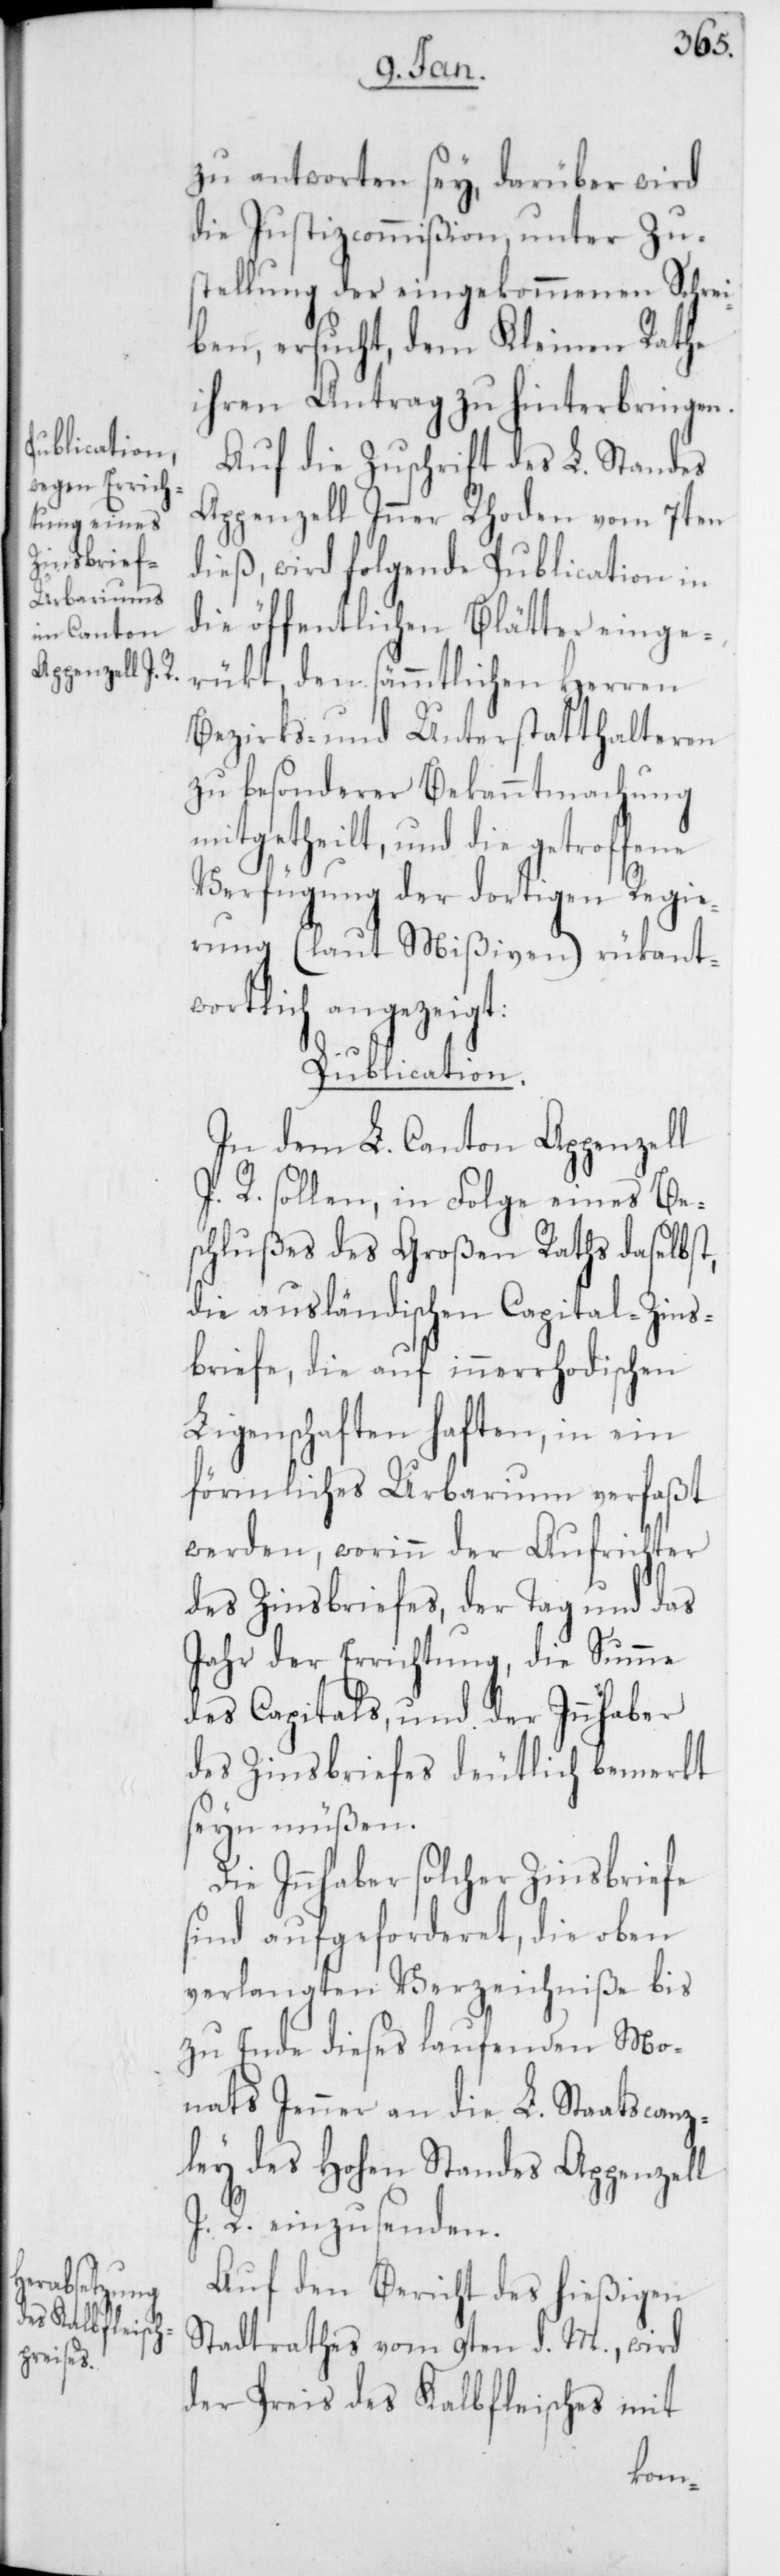
zu antworten sey, darüber wird
die Justizcommißion unter Zu¬
stellung der eingekommenen Schrei¬
ben, ersucht, dem Kleinen Rathe
ihren Antrag zu hinterbringen.
Auf die Zuschrift des L. Standes
Appenzell Inner Rhoden vom 7ten
dieß, wird folgende Publication in
die öffentlichen Blätter einge¬
rükt, den sämmtlichen Herren
Bezirks- und Unterstatthalteren
zu besonderer Bekanntmachung
mitgetheilt, und die getroffene
Verfügung der dortigen Regie¬
rung (laut Mißiven) rükant¬
wortlich angezeigt:
Publication.
In dem L. Canton Appenzell
I. R. sollen, in Folge eines Be¬
schlußes des Großen Raths daselbst,
die ausländischen Capital-Zins¬
briefe, die auf innerrhodischen
Ligenschaften haften, in ein
förmliches Urbarium verfaßt
werden, worinn der Aufrichter
des Zinsbriefes, der Tag und das
Jahr der Errichtung, die Summe
des Capitals, und der Innhaber
des Zinsbriefes deutlich bemerkt
seyn müßen.
Die Innhaber solcher Zinsbriefe
sind aufgeforderet, die oben
verlangten Verzeichniße bis
zu Ende dieses laufenden Mo¬
nats Jenner an die L. Staatscanz¬
ley des Hohen Standes Appenzell
I. R. einzusenden.
Auf den Bericht des hießigen
Stadtrathes vom 9ten d. M., wird
der Preis des Kalbfleisches mit